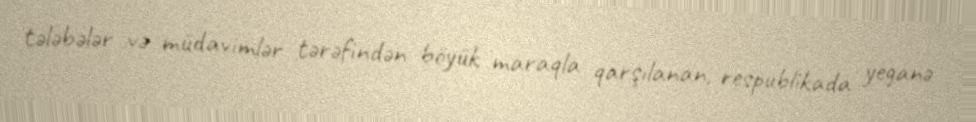
tələbələr və müdavimlər tərəfindən böyük maraqla qarşılanan, respublikada yeganə